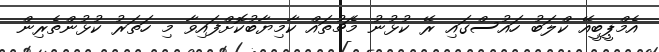
އެމްޕީބީއޭ ކްލަބު ހައުސްގައި ރޭ ކުޅުނު މެޗުތައް ކާމިޔާބުކޮށްފައިވާ މި ހަތަރު ކުޅުންތެރިން